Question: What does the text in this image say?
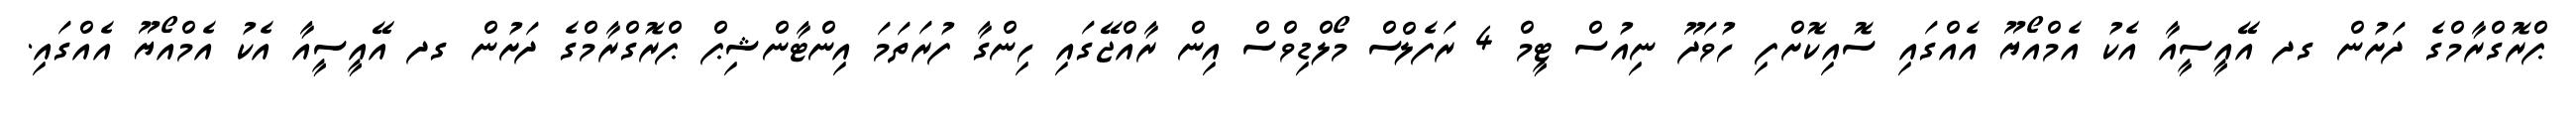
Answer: ޕްރޮގްރާމްގެ ދަށުން ގދ އޭއީސީއާ އެކު އެމްއޯޔޫ އެއްގައި ސޮއިކޮށްފި ހުވަދޫ ނިއުސް ޓީމް 4 ރަފެލްސް މޯލްޑިވްސް އިން ރާއްޖޭގައި ހިންގާ ފުރަތަމަ އިންޓާންޝިޕް ޕްރޮގްރާމްގެ ދަށުން ގދ އޭއީސީއާ އެކު އެމްއޯޔޫ އެއްގައި.